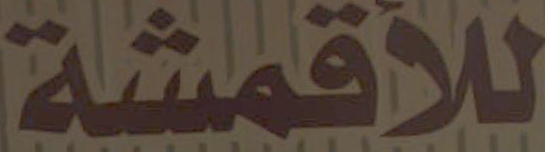
للأقمشة